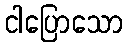
ငါပြောသော